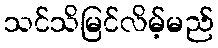
သင်သိမြင်လိမ့်မည်